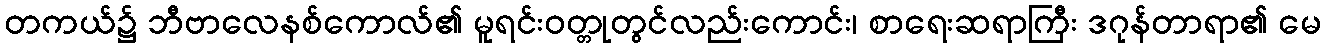
တကယ်၌ ဘီဗာလေနစ်ကောလ်၏ မူရင်းဝတ္တုတွင်လည်းကောင်း၊ စာရေးဆရာကြီး ဒဂုန်တာရာ၏ မေ